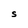
Character: S